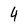
Character: 4